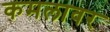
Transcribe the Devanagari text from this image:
कमलावर